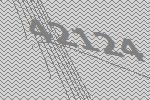
42124